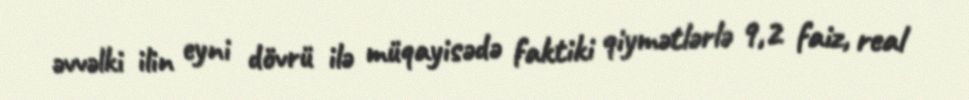
əvvəlki ilin eyni dövrü ilə müqayisədə faktiki qiymətlərlə 9,2 faiz, real